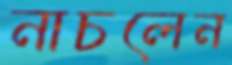
নাচলেন